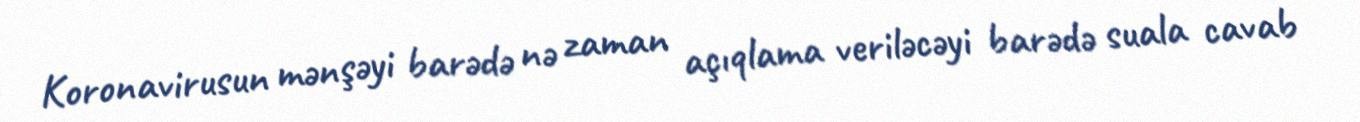
Koronavirusun mənşəyi barədə nə zaman açıqlama veriləcəyi barədə suala cavab